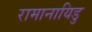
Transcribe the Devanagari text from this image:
रामानायिडु